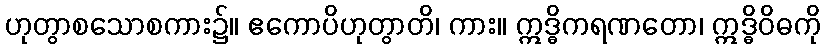
ဟုတွာစသောစကား၌။ ဧကောပိဟုတွာတိ၊ ကား။ ဣဒ္ဓိကရဏတော၊ ဣဒ္ဓိဝိဓကို